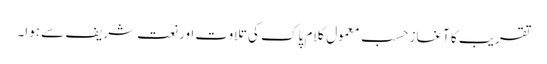
تقریب کا آغاز حسبِ معمول کلام پاک کی تلاوت اور نعت شریف سے ہوا۔